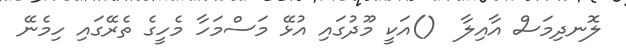
ލޮނދިމަސް އާއިލާ  ()އަކީ މޫދުގައި އުޅޭ މަސްމަހާ މެހީގެ ތެރޭގައި ހިމެނޭ